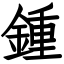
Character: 鍾